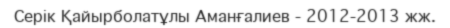
Серік Қайырболатұлы Аманғалиев - 2012-2013 жж.